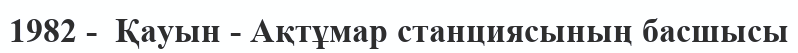
1982 -  Қауын - Ақтұмар станциясының басшысы